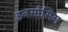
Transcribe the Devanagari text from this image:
इनसोर्सिंग